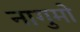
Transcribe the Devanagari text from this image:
नागुमो